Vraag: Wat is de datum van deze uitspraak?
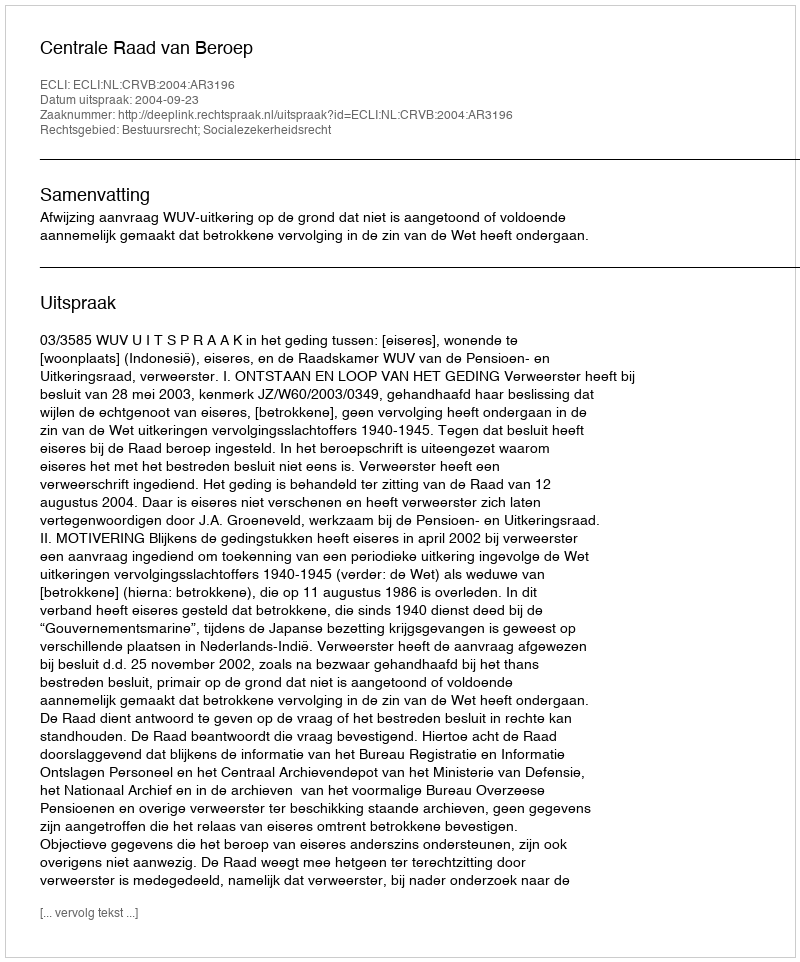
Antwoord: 2004-09-23